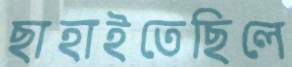
ছাহাইতেছিলে